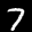
Label: 7